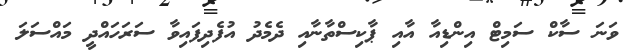
ވަނަ ސާކް ސަމިޓް އިންޑިއާ އާއި ޕާކިސްތާނާއި ދެމެދު އުފެދިފައިވާ ސަރަހައްދީ މައްސަލަ